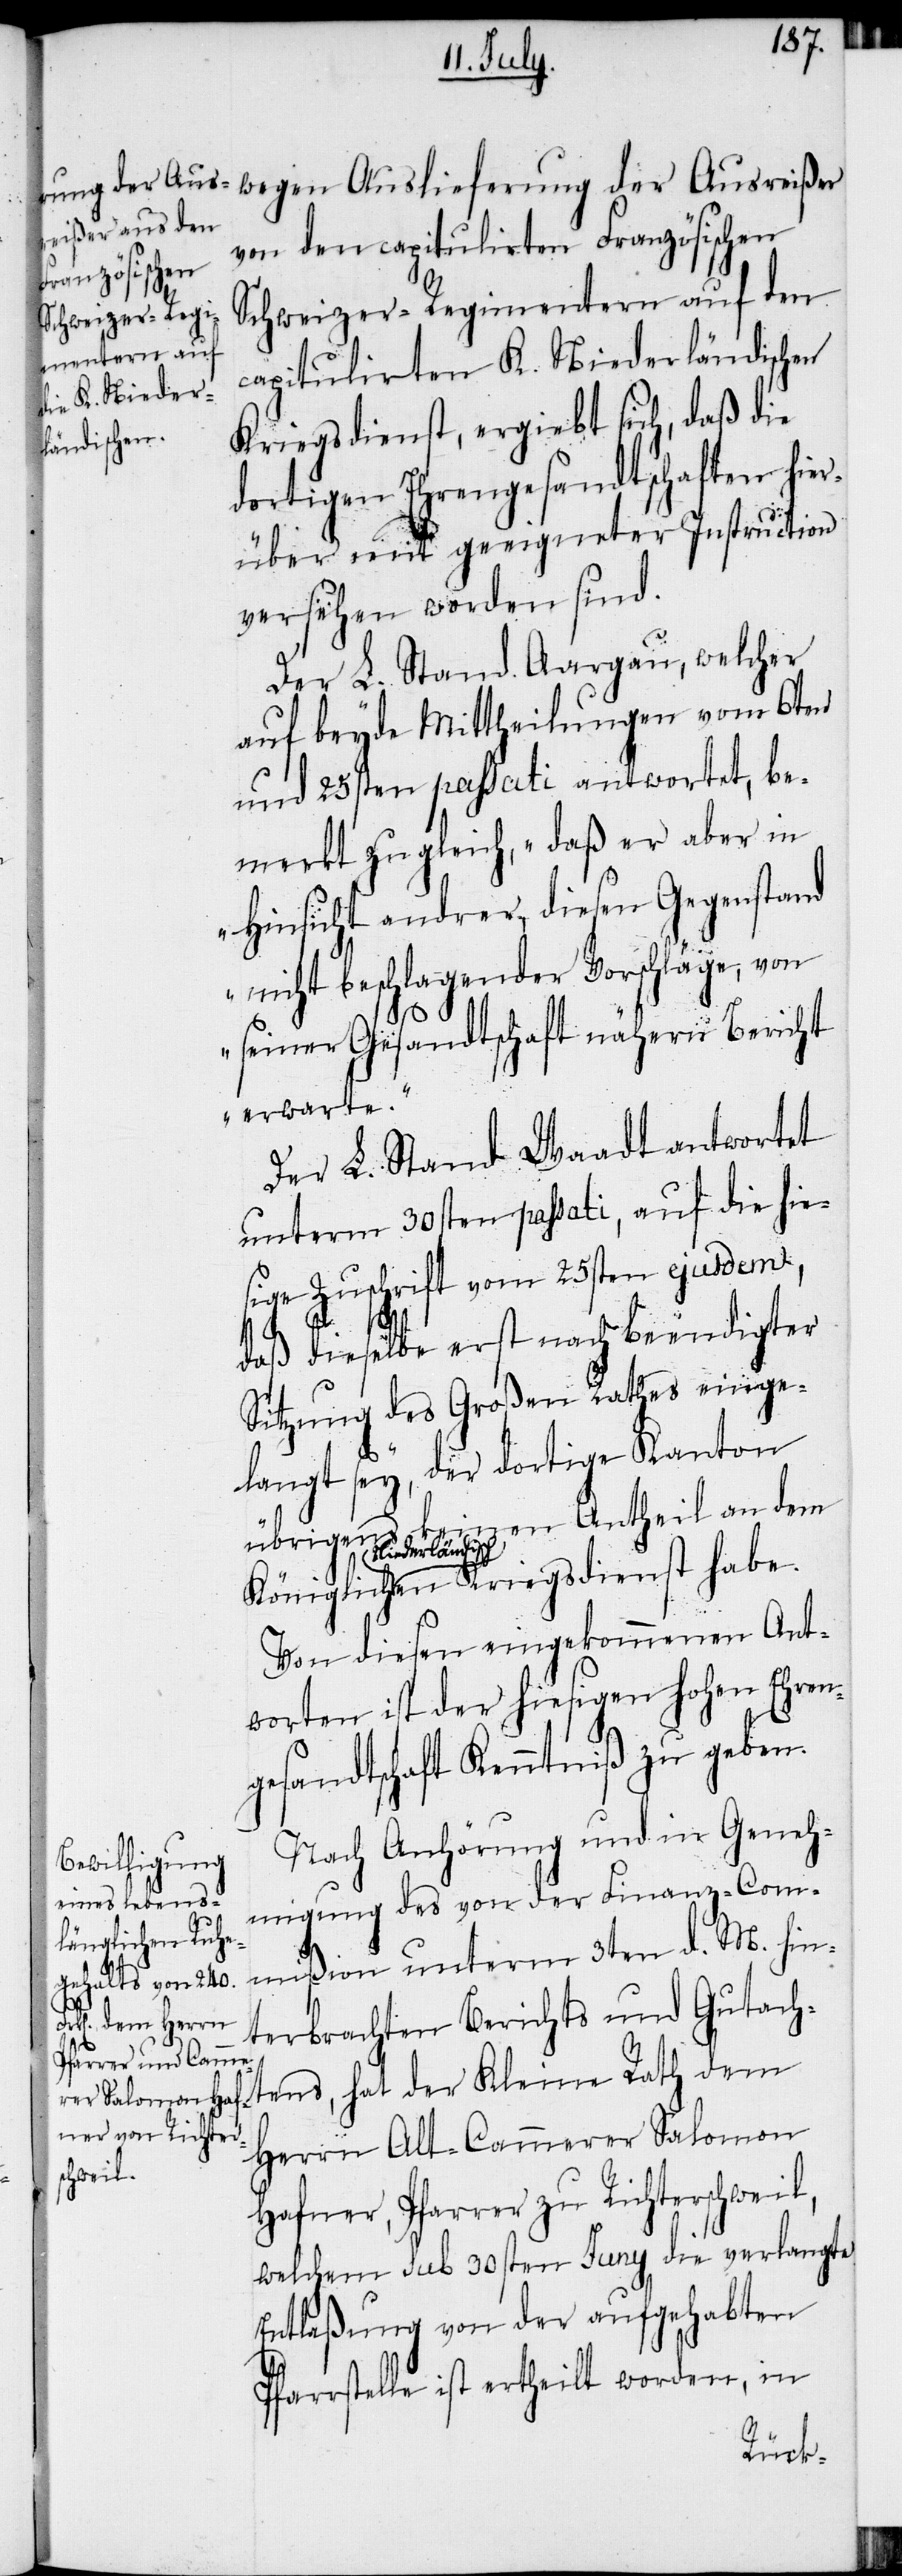
von den capitulirten Französischen
Schweizer-Regimentern auf den
capitulirten K. Niederländischen
glich Nieder¬
Kriegsdienst, ergiebt sich, daß die
dortigen Ehrengesandtschaften hier¬
über mit geeigneter Instruction
versehen worden sind.
Der L. Stand Aargau, welcher
auf beyde Mittheilungen vom 6ten
und 25sten passati antwortet, be¬
merkt zugleich „daß er aber in
Hinsicht andrer, diesen Gegenstand
nicht beschlagender Vorschläge, von
seiner Gesandtschaft nähern Bericht
erwarte.“
Der L. Stand Waadt antwortet
unterm 30sten passati, auf die hie¬
sige Zuschrift vom 25sten ejusdem,
daß dieselbe erst nach beendigter
Sitzung des Großen Rathes einge¬
langt sey, der dortige Kanton
einen Antheil an dem
übrigens k¬
ländischen Kriegsdienst habe.
Von diesen eingekommenen Ant¬
worten ist der hiesigen hohen Ehren¬
gesandtschaft Kenntniß zu geben.
Nach Anhörung und in Geneh¬
migung des von der Finanz-Com¬
mißion unterm 3ten d. M. hin¬
terbrachten Berichts und Gutach¬
tens, hat der Kleine Rath dem
Herrn Alt-Cammerer Salomon
Hafner, Pfarrer zu Richterschweil,
welchem sub 30sten Juny die verlangte
Entlaßung von der aufgehabten
Pfarrstelle ist ertheilt worden, in

Köni¬